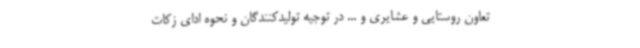
تعاون روستایی و عشایری و ... در توجیه تولیدکنندگان و نحوه ادای زکات